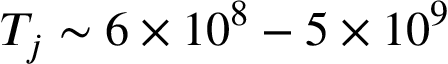
T _ { j } \sim 6 \times 1 0 ^ { 8 } - 5 \times 1 0 ^ { 9 }